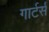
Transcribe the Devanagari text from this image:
गार्टर्स